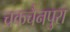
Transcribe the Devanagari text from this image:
चकचैनपुरा